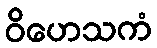
ဝိဟေသကံ